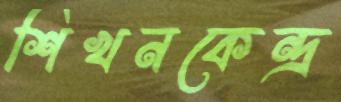
শিখনকেন্দ্র